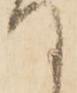
て